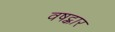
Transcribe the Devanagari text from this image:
वषट्कार